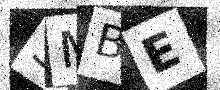
Text: SMBE